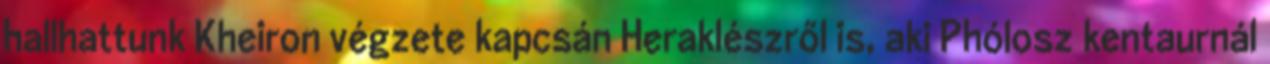
hallhattunk Kheiron végzete kapcsán Heraklészről is, aki Phólosz kentaurnál